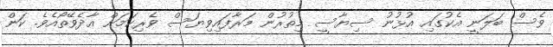
ވެސް ބަލަނީ އެކުގައި އުޅުނު ސިޔާސީ މިތުރުން މަރާފައިވިޔަސް ވެރިކަމަށް އާދެވޭތޯއެވެ. ކަން